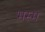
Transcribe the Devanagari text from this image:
भस्‍म